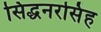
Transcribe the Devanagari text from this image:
सिद्धनरसिंह